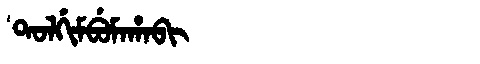
Manchu: ᡨᠣᠯᡤᡳᠮᠪᡠᠮᠠᡥᠠᠪᡳ
Romanization: TOLGIMBUMAHABI